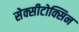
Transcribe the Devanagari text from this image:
सेक्सीटोक्सिन